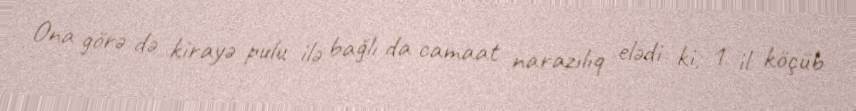
Ona görə də kirayə pulu ilə bağlı da camaat narazılıq elədi ki, 1 il köçüb